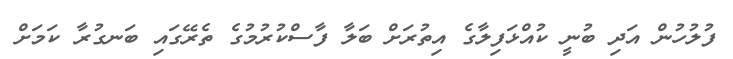
ފުލުހުން އަދި ބުނީ ކުއްޅަފިލާގެ އިތުރަށް ބަލާ ފާސްކުރުމުގެ ތެރޭގައި ބަނގުރާ ކަމަށް